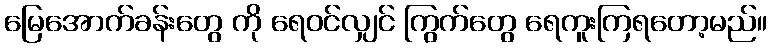
မြေအောက်ခန်းတွေ ကို ရေဝင်လျှင် ကြွက်တွေ ရေကူးကြရတော့မည်။